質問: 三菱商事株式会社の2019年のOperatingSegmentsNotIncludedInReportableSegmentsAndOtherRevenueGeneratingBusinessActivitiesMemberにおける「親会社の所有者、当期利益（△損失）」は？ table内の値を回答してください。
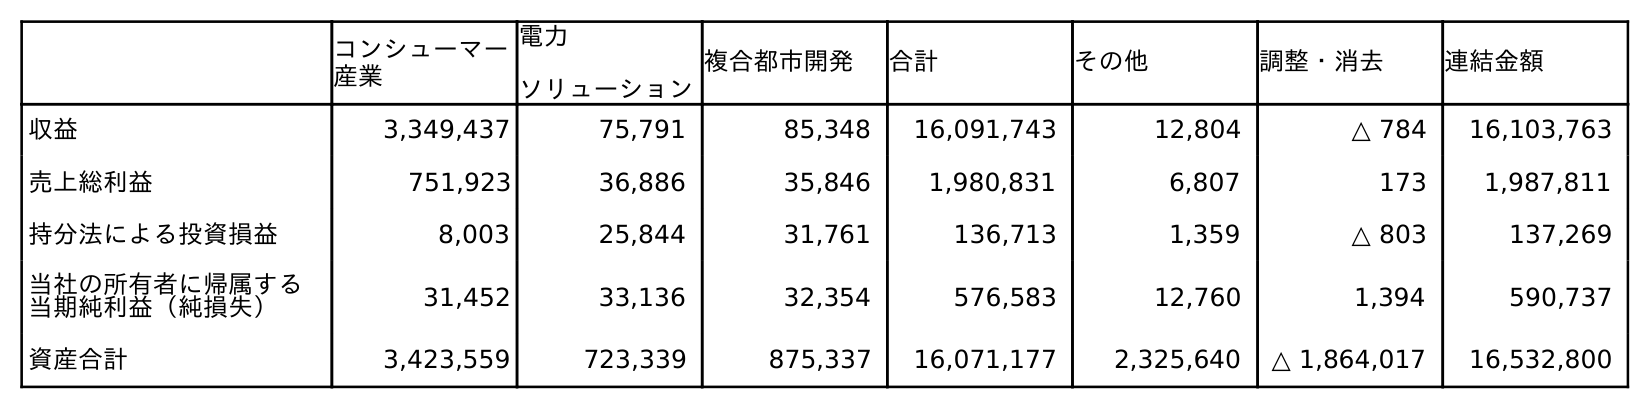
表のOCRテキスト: コンシューマー 産業 電力 ソリューション 複合都市開発 合計 その他 調整・消去 連結金額 収益 3,349,437 75,791 85,348 16,091,743 12,804 △ 784 16,103,763 売上総利益 751,923 36,886 35,846 1,980,831 6,807 173 1,987,811 持分法による投資損益 8,003 25,844 31,761 136,713 1,359 △ 803 137,269 当社の所有者に帰属する 当期純利益（純損失） 31,452 33,136 32,354 576,583 12,760 1,394 590,737 資産合計 3,423,559 723,339 875,337 16,071,177 2,325,640 △ 1,864,017 16,532,800
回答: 12,760